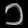
Digit: ၁